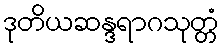
ဒုတိယဆန္ဒရာဂသုတ္တံ